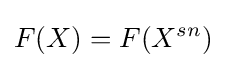
F(X)=F(X^{sn})